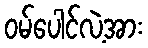
ဝမ်ပေါင်လဲ့အား